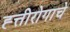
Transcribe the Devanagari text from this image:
ह्त्तीरोगाचे